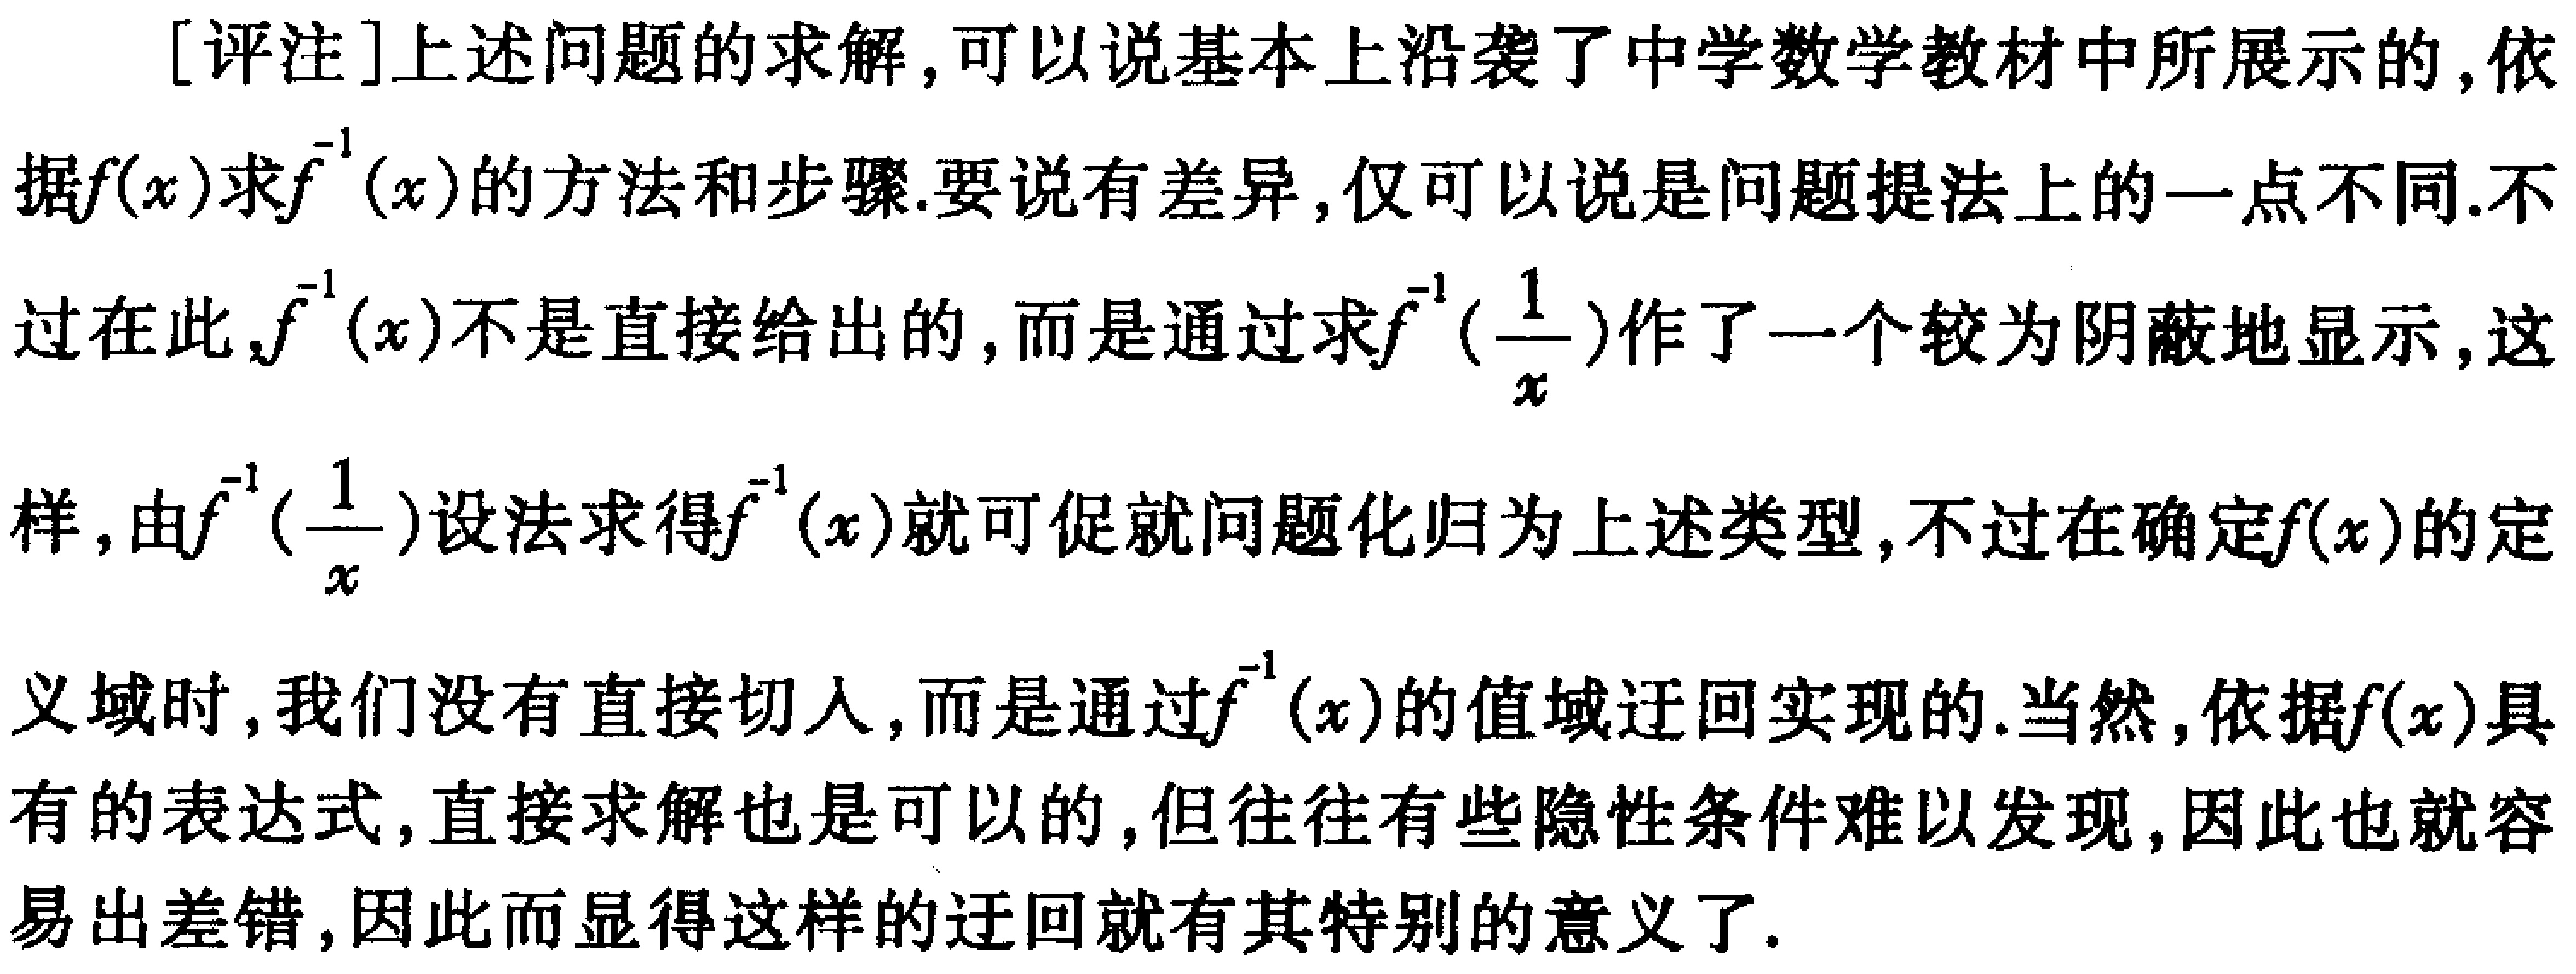
[评注]上述问题的求解，可以说基本上沿袭了中学数学教材中所展示的，依据\(f(x)\)求\(f^{-1}(x)\)的方法和步骤.要说有差异，仅可以说是问题提法上的一点不同.不过在此，\(f^{-1}(x)\)不是直接给出的，而是通过求\(f^{-1}(\frac{1}{x})\)作了一个较为阴蔽地显示，这样，由\(f^{-1}(\frac{1}{x})\)设法求得\(f^{-1}(x)\)就可促就问题化归为上述类型，不过在确定\(f(x)\)的定义域时，我们没有直接切入，而是通过\(f^{-1}(x)\)的值域迂回实现的.当然，依据\(f(x)\)具有的表达式，直接求解也是可以的，但往往有些隐性条件难以发现，因此也就容易出差错，因此而显得这样的迂回就有其特别的意义了.